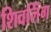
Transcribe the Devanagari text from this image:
शिवलिंंग